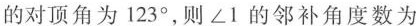
的对顶角为123°，则∠1的邻补角度数为